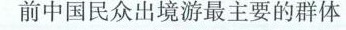
前中国民众出境游最主要的群体